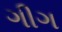
ગીગ